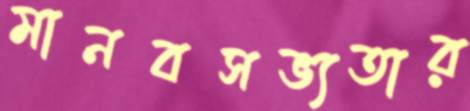
মানবসভ্যতার